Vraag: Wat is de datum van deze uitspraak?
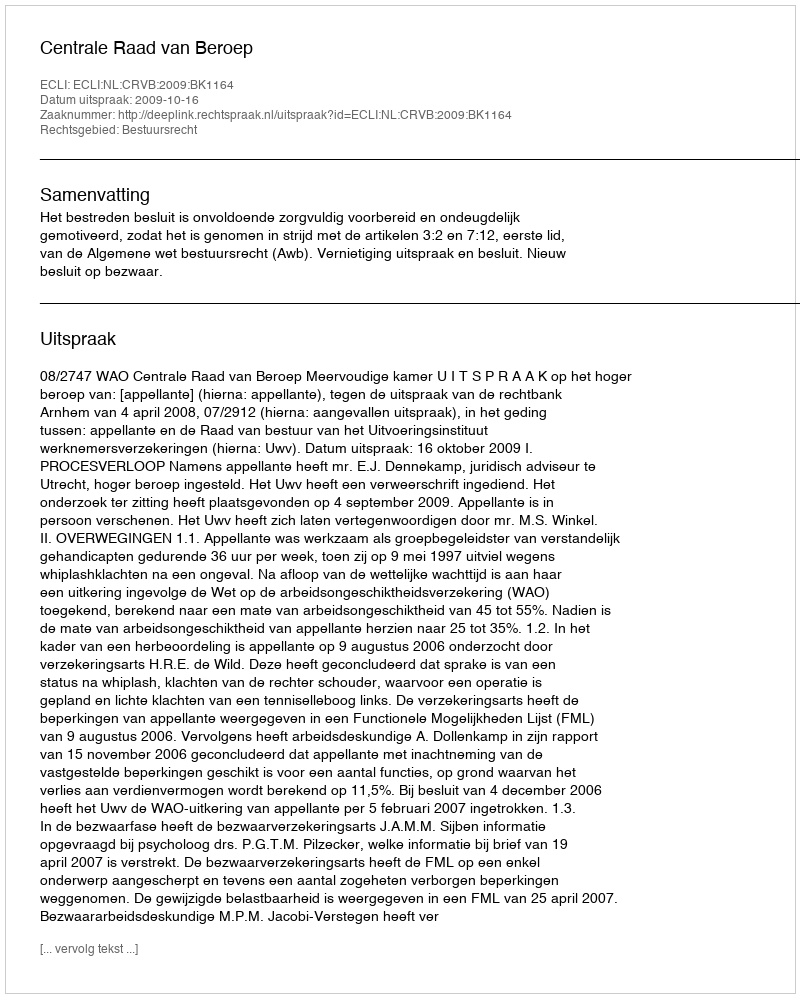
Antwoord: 2009-10-16